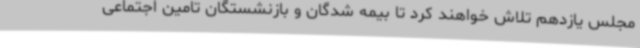
مجلس یازدهم تلاش خواهند کرد تا بیمه شدگان و بازنشستگان تامین اجتماعی